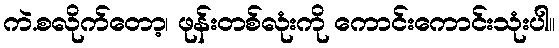
ကဲ.စလိုက်တော့၊ ဖုန်းတစ်လုံးကို ကောင်းကောင်းသုံးပါ။